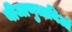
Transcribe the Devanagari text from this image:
बीजाणुधानिओं